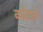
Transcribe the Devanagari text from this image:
काँटाचे